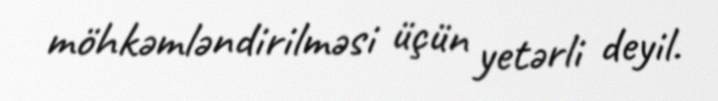
möhkəmləndirilməsi üçün yetərli deyil.